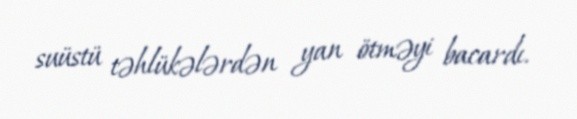
suüstü təhlükələrdən yan ötməyi bacardı.